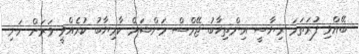
ބޭއްވި ފުރަތަމަ ރިޔާސީ އިންތިޚާބު ޖޭމްސް މަންޝަމް ކާމިޔާބު ކުރެއްވީ ވަރަށް ހަނި